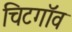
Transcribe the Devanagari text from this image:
चिटगॉव